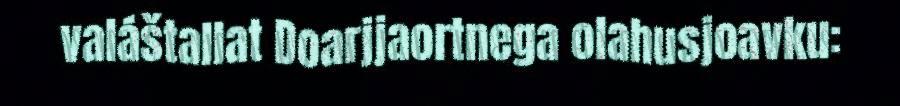
valáštallat Doarjjaortnega olahusjoavku: